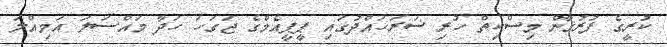
ކުރީގެ ފުރުޤާން މިސްކިތް ހުރި ސަރަހައްދުގައި ޕީޕީއެމްގެ ޖަގަހަ ހަދާ މައްސަލަ އަމިއްލަ